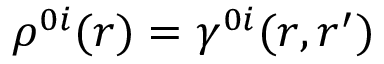
\rho ^ { 0 i } ( r ) = \gamma ^ { 0 i } ( r , r ^ { \prime } )